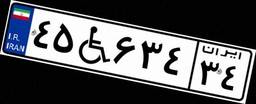
۴۵W۶۳۴۳۴